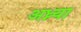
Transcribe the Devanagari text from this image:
अध्न्या